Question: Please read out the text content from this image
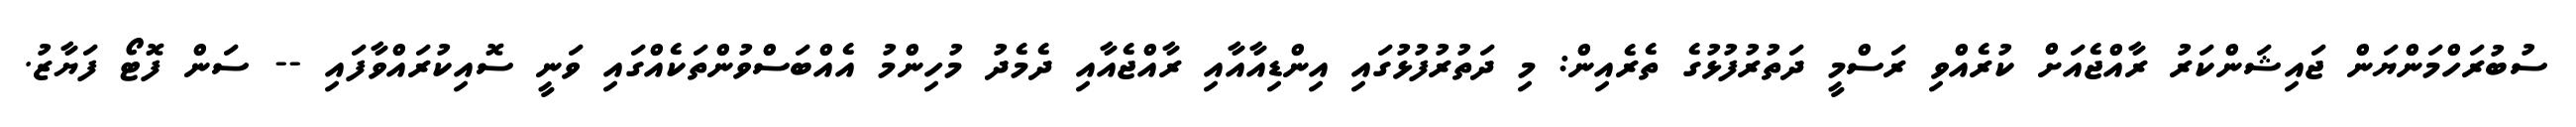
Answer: ސުބުރަހްމަންޔަން ޖައިޝަންކަރު ރާއްޖެއަށް ކުރެއްވި ރަސްމީ ދަތުރުފުޅުގެ ތެރެއިން: މި ދަތުރުފުޅުގައި އިންޑިއާއާއި ރާއްޖެއާއި ދެމެދު މުހިންމު އެއްބަސްވުންތަކެއްގައި ވަނީ ސޮއިކުރައްވާފައި -- ސަން ފޮޓޯ ފަޔާޒު.